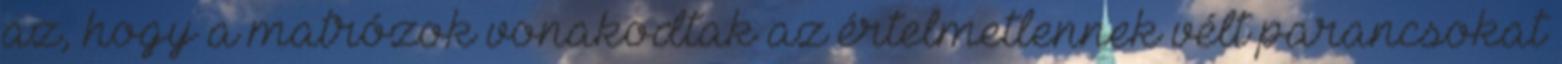
az, hogy a matrózok vonakodtak az értelmetlennek vélt parancsokat